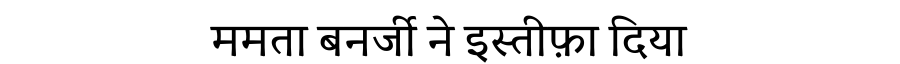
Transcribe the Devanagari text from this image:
ममता बनर्जी ने इस्तीफ़ा दिया